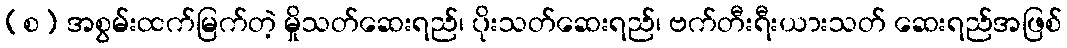
(စ) အစွမ်းထက်မြက်တဲ့ မှိုသတ်ဆေးရည်၊ ပိုးသတ်ဆေးရည်၊ ဗက်တီးရီးယားသတ် ဆေးရည်အဖြစ်